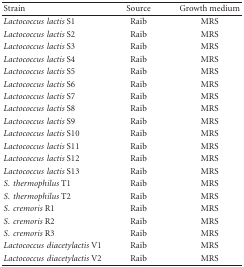
<table><thead><tr><td><b>Strain</b></td><td><b>Source</b></td><td><b>Growth medium</b></td></tr></thead><tbody><tr><td><i>Lactococcus lactis</i> S1</td><td>Raib</td><td>MRS</td></tr><tr><td><i>Lactococcus lactis</i> S2</td><td>Raib</td><td>MRS</td></tr><tr><td><i>Lactococcus lactis</i> S3</td><td>Raib</td><td>MRS</td></tr><tr><td><i>Lactococcus lactis</i> S4</td><td>Raib</td><td>MRS</td></tr><tr><td><i>Lactococcus lactis</i> S5</td><td>Raib</td><td>MRS</td></tr><tr><td><i>Lactococcus lactis</i> S6</td><td>Raib</td><td>MRS</td></tr><tr><td><i>Lactococcus lactis</i> S7</td><td>Raib</td><td>MRS</td></tr><tr><td><i>Lactococcus lactis</i> S8</td><td>Raib</td><td>MRS</td></tr><tr><td><i>Lactococcus lactis</i> S9</td><td>Raib</td><td>MRS</td></tr><tr><td><i>Lactococcus lactis</i> S10</td><td>Raib</td><td>MRS</td></tr><tr><td><i>Lactococcus lactis</i> S11</td><td>Raib</td><td>MRS</td></tr><tr><td><i>Lactococcus lactis</i> S12</td><td>Raib</td><td>MRS</td></tr><tr><td><i>Lactococcus lactis</i> S13</td><td>Raib</td><td>MRS</td></tr><tr><td><i>S. thermophilus</i> T1</td><td>Raib</td><td>MRS</td></tr><tr><td><i>S. thermophilus</i> T2</td><td>Raib</td><td>MRS</td></tr><tr><td><i>S. cremoris</i> R1</td><td>Raib</td><td>MRS</td></tr><tr><td><i>S. cremoris</i> R2</td><td>Raib</td><td>MRS</td></tr><tr><td><i>S. cremoris</i> R3</td><td>Raib</td><td>MRS</td></tr><tr><td><i>Lactococcus diacetylactis</i> V1</td><td>Raib</td><td>MRS</td></tr><tr><td><i>Lactococcus diacetylactis</i> V2</td><td>Raib</td><td>MRS</td></tr></tbody></table>